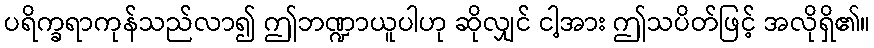
ပရိက္ခရာကုန်သည်လာ၍ ဤဘဏ္ဍာယူပါဟု ဆိုလျှင် ငါ့အား ဤသပိတ်ဖြင့် အလိုရှိ၏။